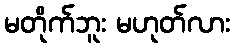
မတိုက်ဘူး မဟုတ်လား